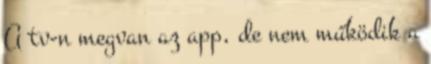
A tv-n megvan az app, de nem működik a